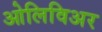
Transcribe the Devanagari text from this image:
ओलिविअर